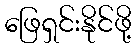
ဖြေရှင်းနိုင်ဖို့